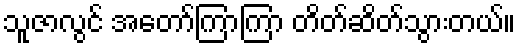
သူဇာလွင် အတော်ကြာကြာ တိတ်ဆိတ်သွားတယ်။